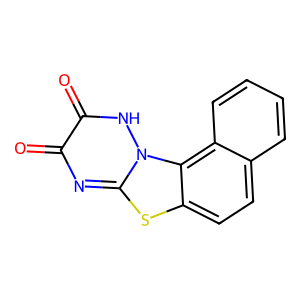
SMILES: O=c1nc2sc3ccc4ccccc4c3n2[nH]c1=O
Inhibits HIV replication: No